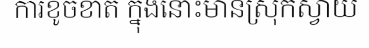
ការខូចខាត ក្នុងនោះមានស្រុកស្វាយ